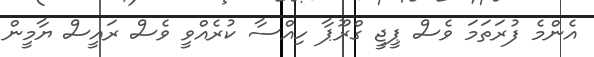
އެންމެ ފުރަތަމަ ވެސް ޕީޖީ ގްރޫޕާ ހިއްސާ ކުރެއްވީ ވެސް ރައީސް ޔާމީން